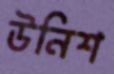
উনিশ